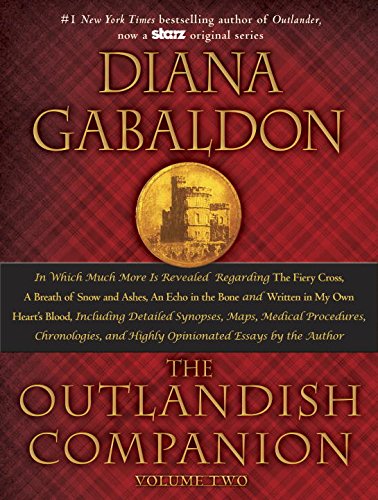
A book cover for The Outlandish Companion Volume Two: The Companion to The Fiery Cross, A Breath of Snow and Ashes, An Echo in the Bone, and Written in My Own Heart's Blood (Outlander); Diana Gabaldon; Science Fiction & Fantasy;